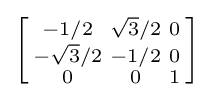
\left[{\begin{smallmatrix}-1/2&{\sqrt {3}}/2&0\\-{\sqrt {3}}/2&-1/2&0\\0&0&1\\\end{smallmatrix}}\right]